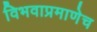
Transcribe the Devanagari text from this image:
विभवाप्रमाणेच